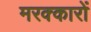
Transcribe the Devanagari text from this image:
मरक्कारों